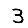
Digit: 3